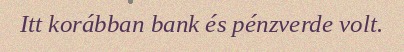
Itt korábban bank és pénzverde volt.